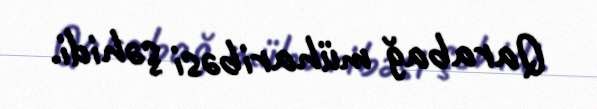
Qarabağ müharibəsi şəhidi.